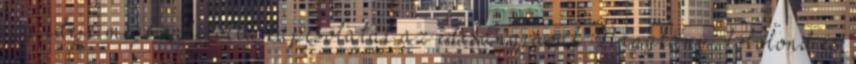
egy ideje megszakította kapcsolatát az édesanyjával. Nagylány, lóbolond és